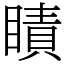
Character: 瞔